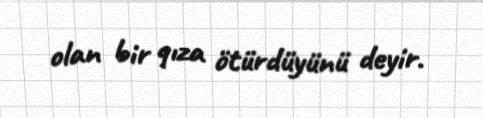
olan bir qıza ötürdüyünü deyir.